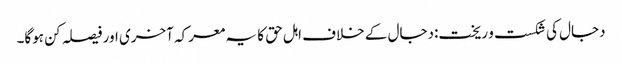
دجال کی شکست و ریخت:دجال کے خلاف اہل حق کا یہ معرکہ آخری اور فیصلہ کن ہوگا۔